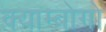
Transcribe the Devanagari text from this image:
क्याम्बोगो